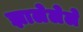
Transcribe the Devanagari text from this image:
झालेलेले